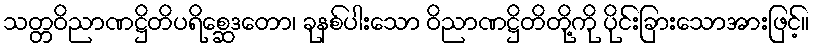
သတ္တဝိညာဏဋ္ဌိတိပရိစ္ဆေဒတော၊ ခုနစ်ပါးသော ဝိညာဏဋ္ဌိတိတို့ကို ပိုင်းခြားသောအားဖြင့်။